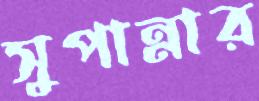
সুপান্নার